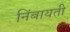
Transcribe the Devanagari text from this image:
निंबायती